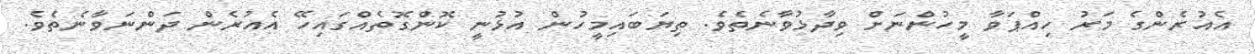
އެއުރެންގެ މަރު ހިއްޕަވާ މީހުންނަށް ވިދާޅުވާނެތެވެ. ތިޔަބައިމީހުން އުޅުނީ ކޮންގޮތެއްގައިހޭ އެއުރެން ދަންނަވާނެތެވެ.